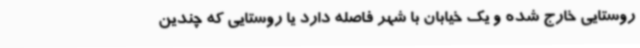
روستایی خارج شده و یک خیابان با شهر فاصله دارد یا روستایی که چندین